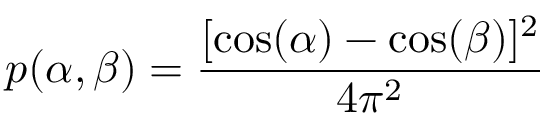
p ( \alpha , \beta ) = \frac { [ \cos ( \alpha ) - \cos ( \beta ) ] ^ { 2 } } { 4 \pi ^ { 2 } }